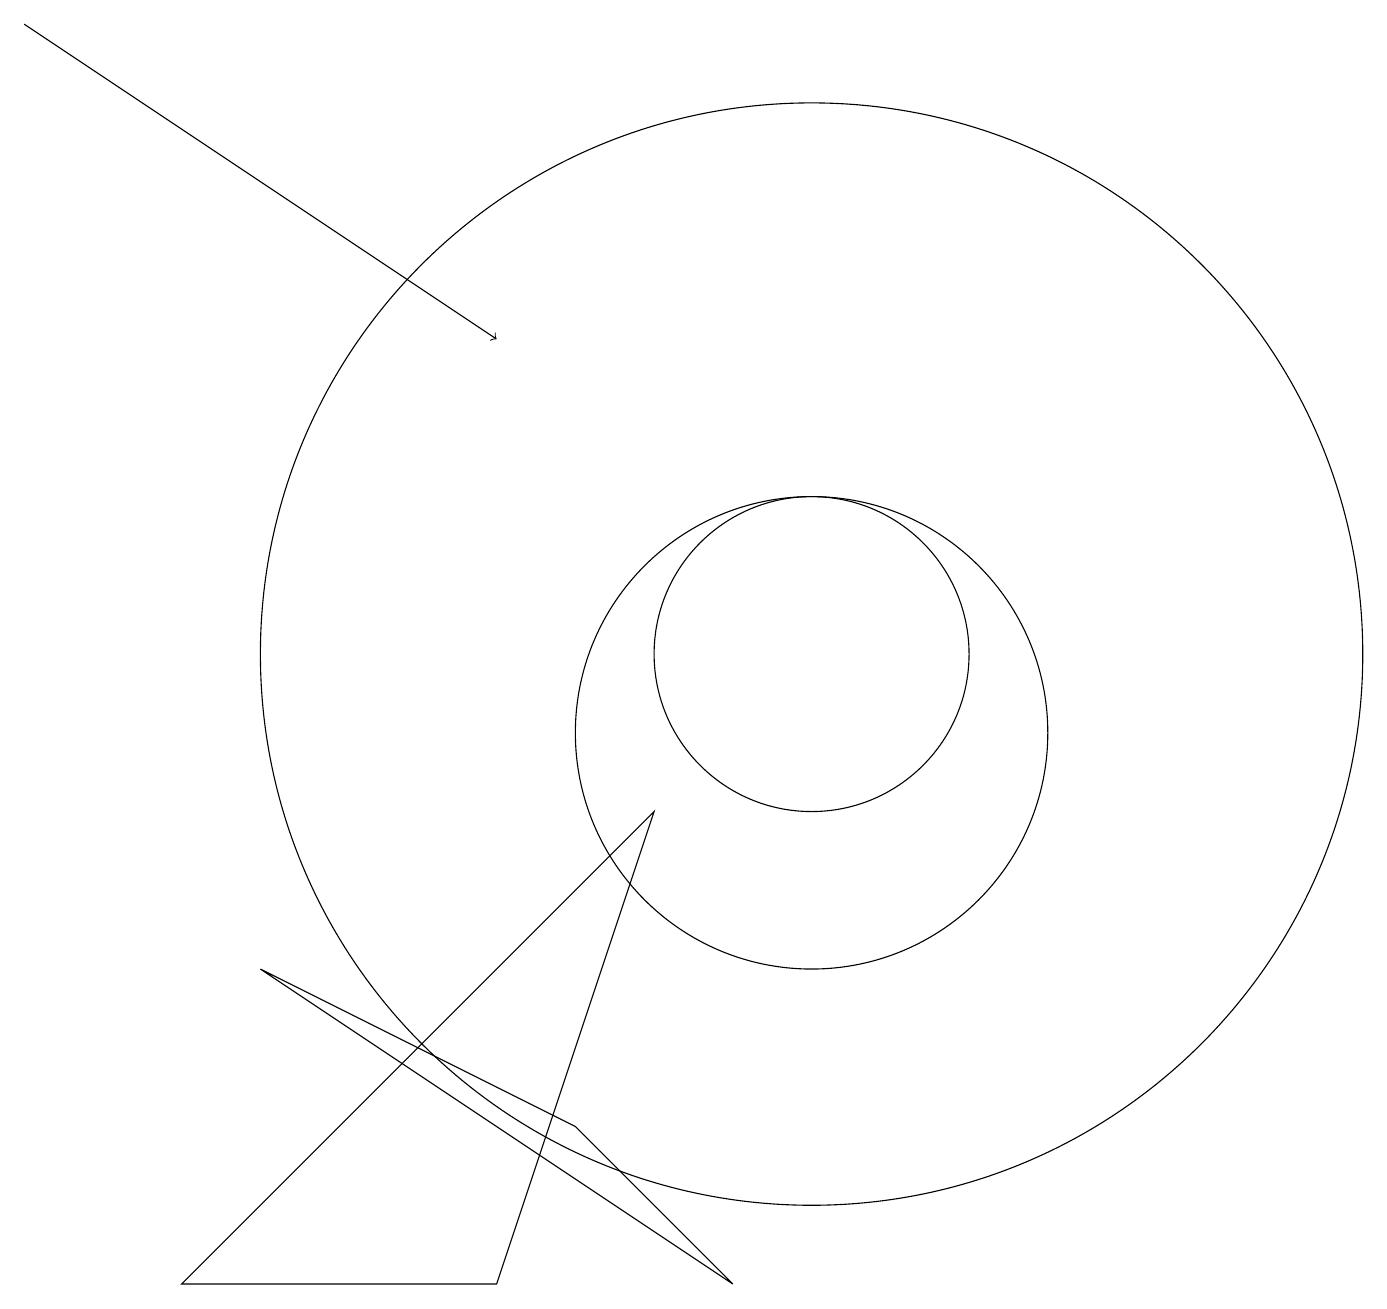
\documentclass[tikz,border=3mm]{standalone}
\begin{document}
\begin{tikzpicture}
\draw (3,7) -- (7,5) -- (9,3) -- cycle;
\draw (10,10) circle (3);
\draw (8,9) -- (2,3) -- (6,3) -- cycle;
\draw (10,11) circle (7);
\draw (10,11) circle (2);
\draw[->] (0,19) -- (6,15);
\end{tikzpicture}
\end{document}